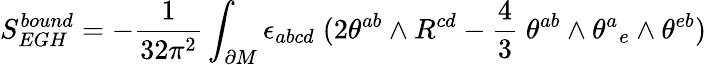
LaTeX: S_{EGH}^{bound}=-{\frac{1}{32\pi^{2}}}\int_{\partial M}\epsilon_{abcd}\; (2\theta^{ab}\wedge R^{cd}-{\frac{4}{3}}\; \theta^{ab}\wedge\theta^{a}{}_{e}\wedge\theta^{eb})